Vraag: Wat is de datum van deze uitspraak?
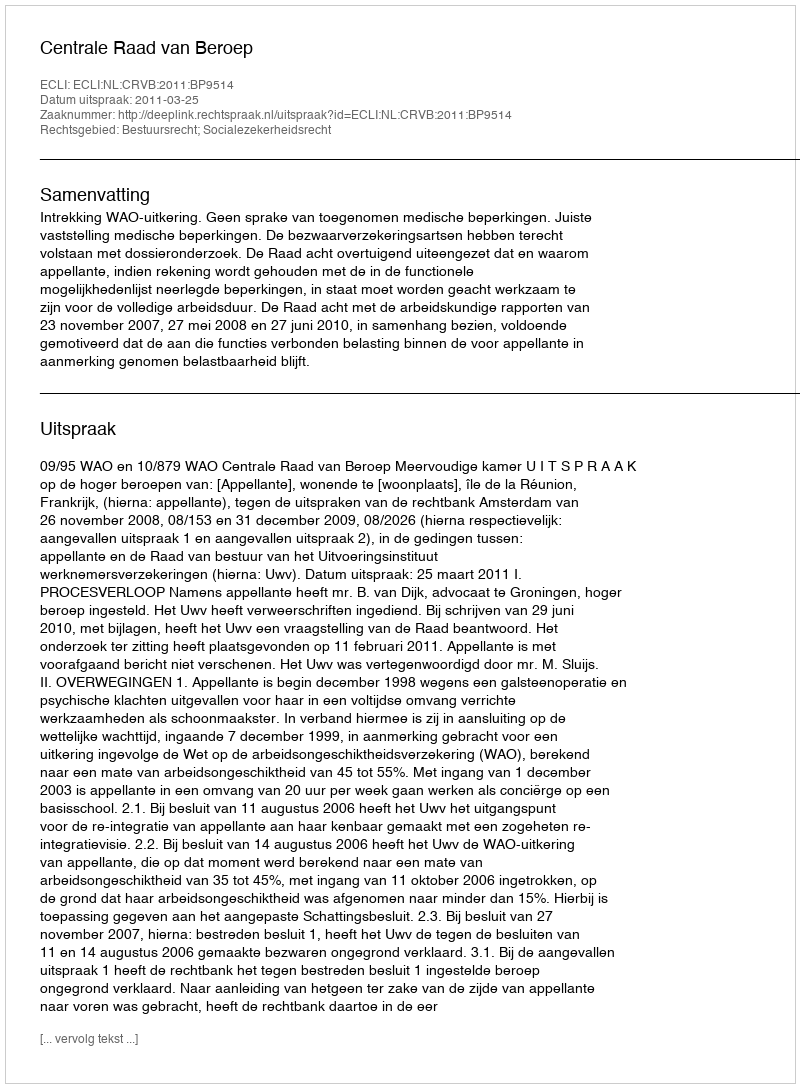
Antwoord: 2011-03-25